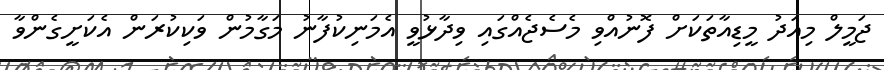
ޖަމީލް މިއަދު މީޑިއާތަކަށް ފޮނުއްވި މެސެޖެއްގައި ވިދާޅުވީ އެމަނިކުފާނު މަގާމުން ވަކިކުރަން އެކަށީގެންވާ